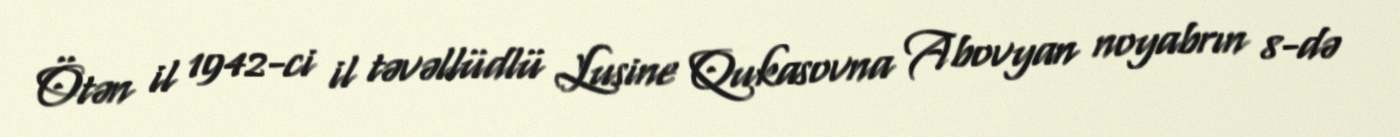
Ötən il 1942-ci il təvəllüdlü Lusine Qukasovna Abovyan noyabrın 8-də